Indian journal of veterinary science and animal husbandry - Volumes 22-23, 1952-1953
Year: 1952
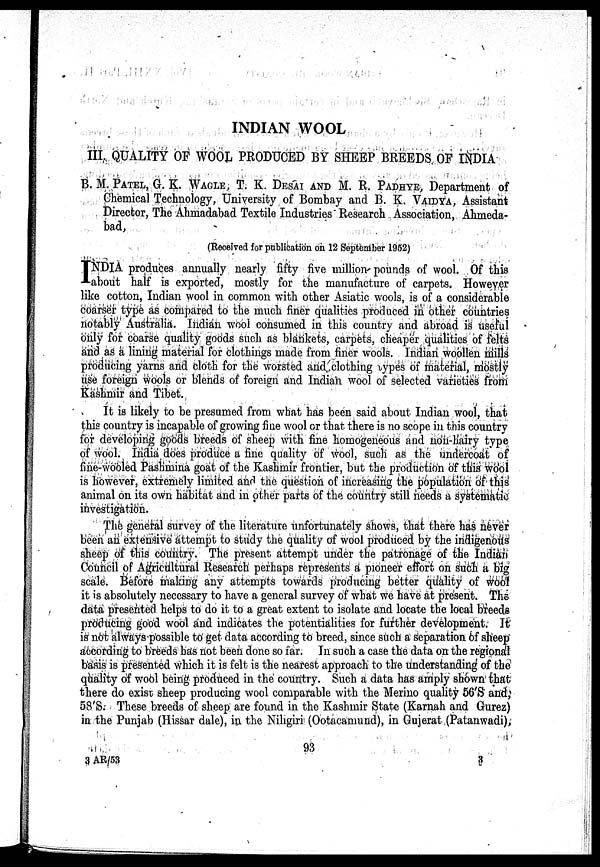
INDIAN WOOL
III. QUALITY OF WOOL PRODUCED BY SHEEP BREEDS, OF INDIA
B. M. PATEL, G. K. WAGLE, T. K. DESAI AND M. R. PADHYE, Department of
Chemical Technology, University of Bombay and B. K. VAIDYA, Assistant
Director, The Ahmadabad Textile Industries" Research Association, Ahmeda-
bad,
(Received for publication on 12 September 1952)
INDIA produces annually nearly fifty five million pounds of wool. Of this
about half is exported, mostly for the manufacture of carpets. However
like cotton, Indian wool in common with other Asiatic wools, is of a considerable
coarser type as Compared to the much finer qualities produced in other countries
notably Australia. Indian wool consumed in this country and abroad is useful
only for coarse quality goods such as blankets, carpets, cheaper qualities of felts
and as a lining material for clothings made from finer wools. Indian woollen mills
producing yarns and cloth for the worsted and clothing types of material, mostly
use foreign wools or blends of foreign and Indian wool of selected varieties from
Kashmir and Tibet.
It is likely to be presumed from what has been said about Indian wool, that
this country is incapable of growing fine wool or that there is no scope in this country
for developing goods breeds of sheep with fine homogeneous and non-hairy type
of wool. India does produce a fine quality of wool, such as the undercoat of
fine-wooled Pashmina goat of the Kashmir frontier, but the production of this wool
is however, extremely limited and the question of increasing the population of this
animal on its own habitat and in other parts of the country still needs a systematic
investigation.
The general survey of the literature unfortunately shows, that there has never
been an extensive attempt to study the quality of wool produced by the indigenous
sheep of this country. The present attempt under the patronage of the Indian
Council of Agricultural Research perhaps represents a pioneer effort on such a big
scale. Before making any attempts towards producing better quality of wool
it is absolutely necessary to have a general survey of what we have at present. The
data presented helps to do it to a great extent to isolate and locate the local breeds
producing good wool and indicates the potentialities for further development. It
is not always possible to get data according to breed, since such a separation of sheep
according to breeds has not been done so far. In such a case the data on the regional
basis is presented which it is felt is the nearest approach to the understanding of the
quality of wool being produced in the country. Such a data has amply shown that
there do exist sheep producing wool comparable with the Merino quality 56'8 and
58'8. These breeds of sheep are found in the Kashmir State (Karnah and Gurez)
in the Punjab (Hissar dale), in the Niligiri (Ootacamund), in Gujerat (Patanwadi),
93
3 AR/53
3